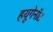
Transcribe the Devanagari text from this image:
हयूगेनॉट